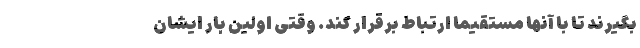
بگیرند تا با آنها مستقیما ارتباط برقرار کند. وقتی اولین بار ‌ایشان